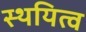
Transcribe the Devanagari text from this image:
स्थयित्व